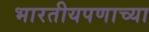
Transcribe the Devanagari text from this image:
भारतीयपणाच्या